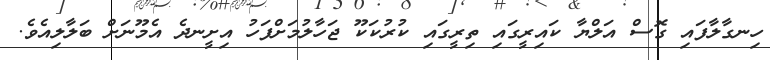
ހިނގާލާފައި ގޮސް އަލްޔާ ކައިރީގައި ތިރީގައި ކުރުކަކޫ ޖަހާލުމަށްފަހު އިށީނދެ އެމޫނަށް ބަލާލިއެވެ.